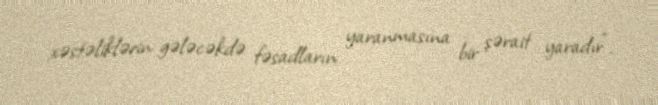
xəstəliklərin gələcəkdə fəsadların yaranmasına bir şərait yaradır”.